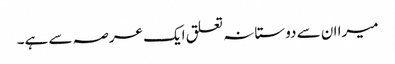
میرا ان سے دوستانہ تعلق ایک عرصہ سے ہے۔